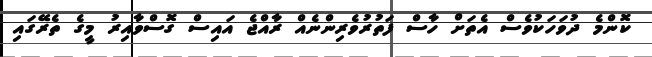
ކޮންމެ ދުވަހަކުވެސް އެތަށް ހާސް ފަތުރުވެރިންނެއް ރާއްޖެ އައިސް ގޮސްވާއިރު މީގެ ތެރޭގައި